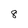
Character: 8